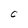
Character: C